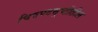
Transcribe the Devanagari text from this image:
चित्रपटसॄष्टीतील